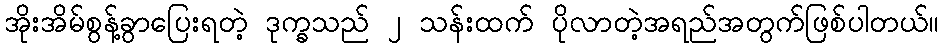
အိုးအိမ်စွန့်ခွာပြေးရတဲ့ ဒုက္ခသည် ၂ သန်းထက် ပိုလာတဲ့အရည်အတွက်ဖြစ်ပါတယ်။